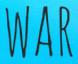
WAR